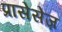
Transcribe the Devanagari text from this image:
प्रासेसेज़